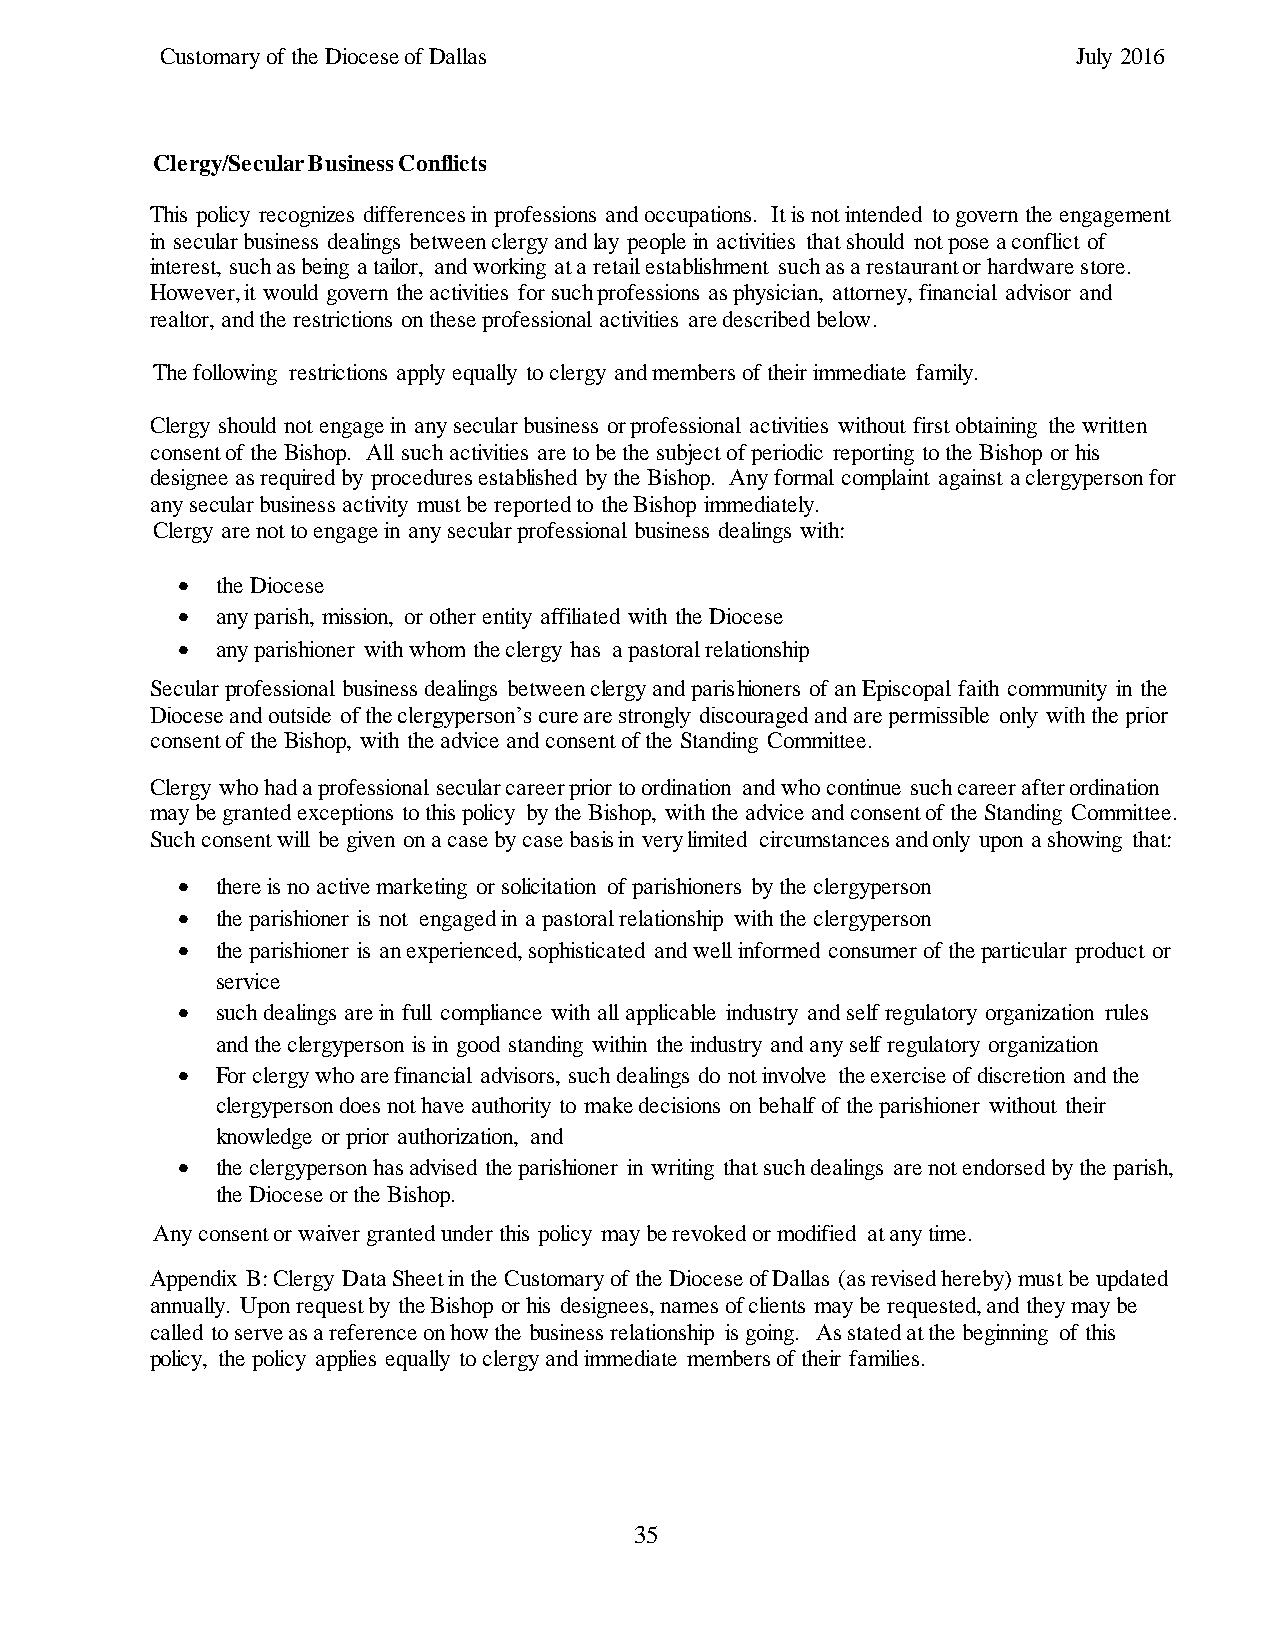
Customary of the Diocese of Dallas                          July 2016
 Clergy/Secular Business Conflicts
 This policy recognizes differences in professions and occupations. It is not intended to govern the engagement
 in secular business dealings between clergy and lay people in activities that should not pose a conflict of
 interest, such as being a tailor, and working at a retail establishment such as a restaurant or hardware store.
 However, it would govern the activities for such professions as physician, attorney, financial advisor and
 realtor, and the restrictions on these professional activities are described below.
 The following restrictions apply equally to clergy and members of their immediate family.
 Clergy should not engage in any secular business or professional activities without first obtaining the written
 consent of the Bishop. All such activities are to be the subject of periodic reporting to the Bishop or his
 designee as required by procedures established by the Bishop. Any formal complaint against a clergyperson for
 any secular business activity must be reported to the Bishop immediately.
 Clergy are not to engage in any secular professional business dealings with:
  the Diocese
  any parish, mission, or other entity affiliated with the Diocese
  any parishioner with whom the clergy has a pastoral relationship
 Secular professional business dealings between clergy and parishioners of an Episcopal faith community in the
 Diocese and outside of the clergyperson’s cure are strongly discouraged and are permissible only with the prior
 consent of the Bishop, with the advice and consent of the Standing Committee.
 Clergy who had a professional secular career prior to ordination and who continue such career after ordination
 may be granted exceptions to this policy by the Bishop, with the advice and consent of the Standing Committee.
 Such consent will be given on a case by case basis in very limited circumstances and only upon a showing that:
  there is no active marketing or solicitation of parishioners by the clergyperson
  the parishioner is not engaged in a pastoral relationship with the clergyperson
  the parishioner is an experienced, sophisticated and well informed consumer of the particular product or
 service
  such dealings are in full compliance with all applicable industry and self regulatory organization rules
 and the clergyperson is in good standing within the industry and any self regulatory organization
  For clergy who are financial advisors, such dealings do not involve the exercise of discretion and the
 clergyperson does not have authority to make decisions on behalf of the parishioner without their
 knowledge or prior authorization, and
  the clergyperson has advised the parishioner in writing that such dealings are not endorsed by the parish,
 the Diocese or the Bishop.
 Any consent or waiver granted under this policy may be revoked or modified at any time.
 Appendix B: Clergy Data Sheet in the Customary of the Diocese of Dallas (as revised hereby) must be updated
 annually. Upon request by the Bishop or his designees, names of clients may be requested, and they may be
 called to serve as a reference on how the business relationship is going. As stated at the beginning of this
 policy, the policy applies equally to clergy and immediate members of their families.
 35